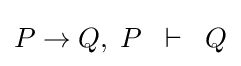
P\to Q,\;P\;\;\vdash \;\;Q